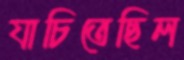
যাচিতেছিল